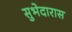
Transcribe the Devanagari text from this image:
सुभेदारास